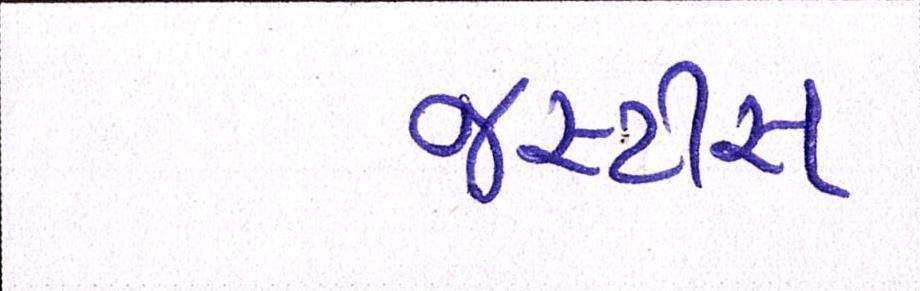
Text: જસ્ટીસ